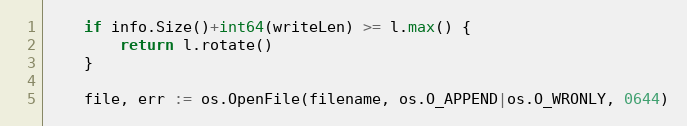
Language: Go
	if info.Size()+int64(writeLen) >= l.max() {
		return l.rotate()
	}

	file, err := os.OpenFile(filename, os.O_APPEND|os.O_WRONLY, 0644)